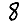
Digit: 8